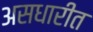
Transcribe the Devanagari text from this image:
असधारीत